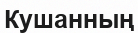
Кушанның